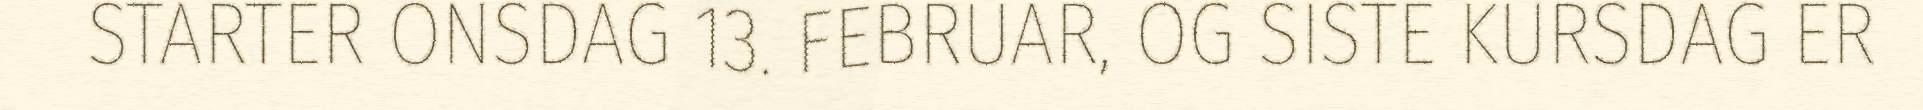
STARTER ONSDAG 13. FEBRUAR, OG SISTE KURSDAG ER